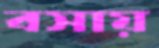
বসায়